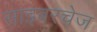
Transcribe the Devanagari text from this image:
साइबरचेज